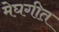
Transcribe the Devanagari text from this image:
मेघगीत